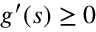
g ^ { \prime } ( s ) \geq 0